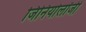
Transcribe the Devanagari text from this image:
जिनियोलॉजी